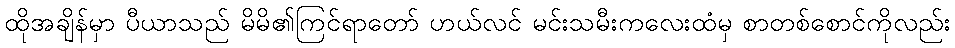
ထိုအချိန်မှာ ပီယာသည် မိမိ၏ကြင်ရာတော် ဟယ်လင် မင်းသမီးကလေးထံမှ စာတစ်စောင်ကိုလည်း